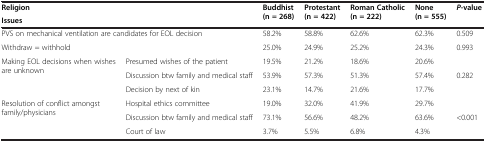
<table><thead><tr><td colspan="2"><b>Religion</b></td><td><b>Buddhist (n = 268)</b></td><td><b>Protestant (n = 422)</b></td><td><b>Roman Catholic (n = 222)</b></td><td><b>None (n = 555)</b></td><td><b><i>P</i>-value</b></td></tr><tr><td colspan="2"><b>Issues</b></td><td><b> </b></td><td><b> </b></td><td><b> </b></td><td><b> </b></td><td><b> </b></td></tr></thead><tbody><tr><td colspan="2">PVS on mechanical ventilation are candidates for EOL decision</td><td>58.2%</td><td>58.8%</td><td>62.6%</td><td>62.3%</td><td>0.509</td></tr><tr><td colspan="2">Withdraw = withhold</td><td>25.0%</td><td>24.9%</td><td>25.2%</td><td>24.3%</td><td>0.993</td></tr><tr><td rowspan="3">Making EOL decisions when wishes are unknown</td><td>Presumed wishes of the patient</td><td>19.5%</td><td>21.2%</td><td>18.6%</td><td>20.6%</td><td> </td></tr><tr><td>Discussion btw family and medical staff</td><td>53.9%</td><td>57.3%</td><td>51.3%</td><td>57.4%</td><td>0.282</td></tr><tr><td>Decision by next of kin</td><td>23.1%</td><td>14.7%</td><td>21.6%</td><td>17.7%</td><td> </td></tr><tr><td rowspan="2">Resolution of conflict amongst family/physicians</td><td>Hospital ethics committee</td><td>19.0%</td><td>32.0%</td><td>41.9%</td><td>29.7%</td><td> </td></tr><tr><td>Discussion btw family and medical staff</td><td>73.1%</td><td>56.6%</td><td>48.2%</td><td>63.6%</td><td>&lt;0.001</td></tr><tr><td> </td><td>Court of law</td><td>3.7%</td><td>5.5%</td><td>6.8%</td><td>4.3%</td><td> </td></tr></tbody></table>